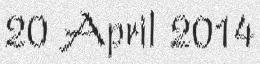
20 April 2014